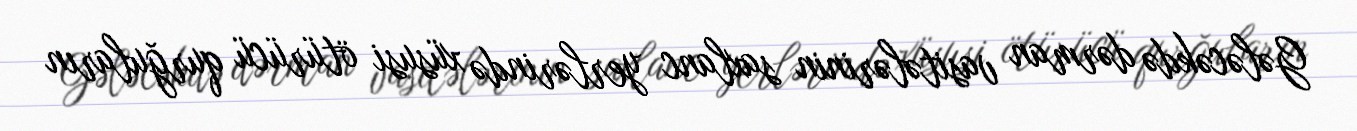
Gələcəkdə dərman vasitələrinin saxlanc yerlərində xüsusi ötürücü qurğuların